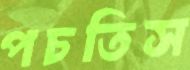
পচতিস